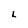
Character: L